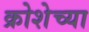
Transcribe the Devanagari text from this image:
क्रोशेच्या